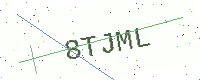
Text: 8TJML